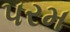
પરમ